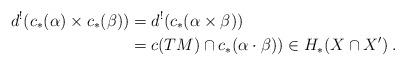
LaTeX: \begin{align*} d^!(c_*(\alpha) \times c_*(\beta)) &= d^!(c_*(\alpha\times \beta)) \\&= c(TM) \cap c_*(\alpha\cdot \beta)) \in H_*(X\cap X')\:.\end{align*}